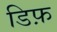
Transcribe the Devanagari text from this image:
डिफ़